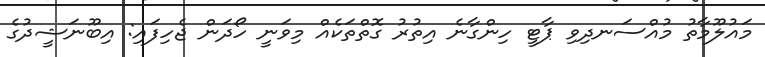
މައުލޫމާތު މުއްސަނދިވި ޕާޓީ ހިންގާނެ އިތުރު ގޮތްތަކެއް މިވަނީ ހޯދަން ޖެހިފައި: އިބޫނަޝީދުގެ